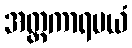
အတ္ထကာရမယံ